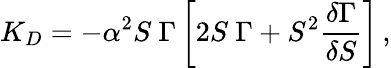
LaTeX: K_{D}=-\alpha^{2}S\ \Gamma\left[2S\ \Gamma+S^{2}\frac{\delta\Gamma}{\delta S}\right]\, ,